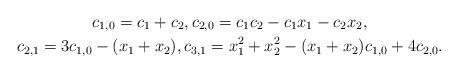
LaTeX: \begin{gather*}c_{1,0} = c_1+c_2, c_{2,0} = c_1c_2-c_1x_1-c_2x_2,\\c_{2,1} = 3c_{1,0} - (x_1+x_2), c_{3,1} = x_1^2+x_2^2 -(x_1+x_2)c_{1,0} + 4c_{2,0}.\end{gather*}